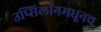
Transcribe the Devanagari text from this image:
उप्सिलॉनमधूनच